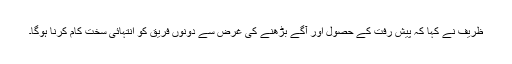
ظریف نے کہا کہ پیش رفت کے حصول اور آگے بڑھنے کی غرض سے دونوں فریق کو انتہائی سخت کام کرنا ہوگا۔